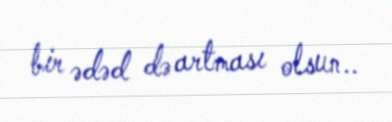
bir ədəd də artması olsun..